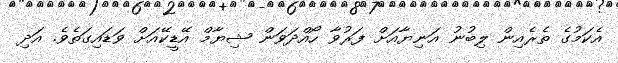
އެކަމުގެ ތެރެއިން ލިބުނު އަނިޔާއަށް ފަރުވާ ހޯއްދަވަން ޝިޔާމް އޭޑީކޭއަށް ވަޑައިގަތެވެ. އަދި